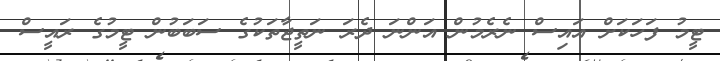
ޓީމު ފަހަކަށް އައިސް ނެރެމުން އަންނަ ދެރަ ނަތީޖާތަކުގެ ސަބަބުން ޓީމުގެ ރައީސް